Epidemic dropsy in Calcutta - Number 49
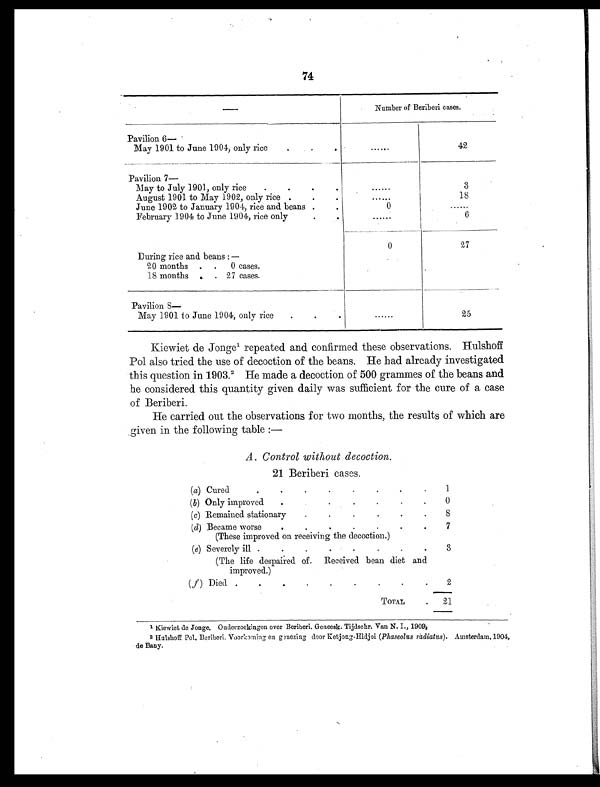
74
—
Number of Beriberi cases.
P a v i l i o n 6 —
May 1901 to June 1904, only rice
. . .
......
42
Pavilion 7—
May to July 1901, only rice
.
.
......
3
August 1901 to May 1902, only rice .
......
18
June 1902 to January 1904, rice and beans
. . .
0
. . . . . . .
February 1904 to June 1904, rice only.
.
......
6
During rice and beans : —
0
27
20 months . . 0 cases.
18 months . . 27 cases.
Pavilion 8—
May 1901 lo June 1904, only rice
. . .
......
25
Kiewiet de Jonge1 r e p e a t e d a n d c o n f i r m e d t h e s e o b s e r v a t i o n s . H u l s h o f f
Pol also tried the use of decoction of the beans. He had already investigated
this question in 1903.² He made a decoction of 500 grammes of the beans and
he considered this quantity given daily was sufficient for the cure of a case
of Beriberi.
He carried out the observations for two months, the results of which are
given in the following table :—
A. Control without decoction.
21 Beriberi cases.
(a) Cured
.
.
,
.
.
.
.
.
1
(b) Only improved .
.
.
.
. .
0
(c) Remained stationary
.
.
.
.
.
.
8
(d) Became worse
.
.
.
.
.
.
.
7
(These improved on receiving the decoction.)
(e) Severely ill .
.
.
.
.
.
.
.
3
(The life despaired of Received bean diet and
improved.)
( f) Died .
.
.
.
.
.
.
.
.
2
TOTAL
. 21
1 Kiewiet de Jonge. Oaderzoekingen over Beriberi. Geneesk. Tijdschr. Van N. I., 1909 4
² HulshOff Pol. Beriberi. Voorkoming ea ginezing door Ketjong-Hidjoi (Phaseolus radiatus). Amsterdam, 1904,
de Bany.